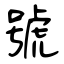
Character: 號